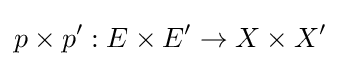
p\times p':E\times E'\rightarrow X\times X'